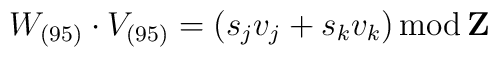
W _{(95)} \cdot V _{(95)}= (s_jv_j +s_kv_k) {\rm \, mod \,} {\bf Z}